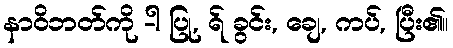
နာဝိဘတ်ကို -ါ ပြု, ရ် ခွင်း, ချေ, ကပ်, ပြီး၏။